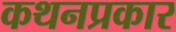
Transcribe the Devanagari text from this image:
कथनप्रकार